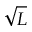
\sqrt { L }